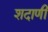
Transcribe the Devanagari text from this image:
शदाणी